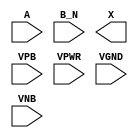
module sky130_fd_sc_hd__or2b (
    //# {{data|Data Signals}}
    input  A   ,
    input  B_N ,
    output X   ,

    //# {{power|Power}}
    input  VPB ,
    input  VPWR,
    input  VGND,
    input  VNB
);
endmodule